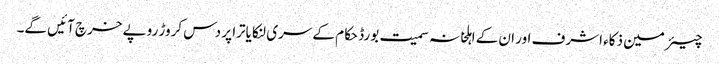
چیئرمین ذکاء اشرف اور ان کے اہلخانہ سمیت بورڈ حکام کے سری لنکا یاترا پر دس کروڑ روپے خرچ آئیں گے۔